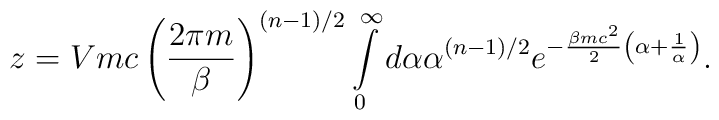
z=Vmc\left (\frac {2\pi m}{\beta}\right )^{(n-1)/2}\int \limits_0^{\infty} d\alpha \alpha ^{(n-1)/2}e^{-\frac {\beta mc^2}{2}\left (\alpha +\frac {1}{\alpha }\right )}.